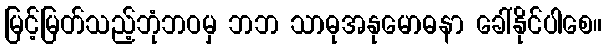
မြင့်မြတ်သည့်ဘုံဘဝမှ ဘဘ သာဓုအနုမောဓနာ ခေါ်နိုင်ပါစေ။